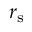
r _ { \mathrm { s } }